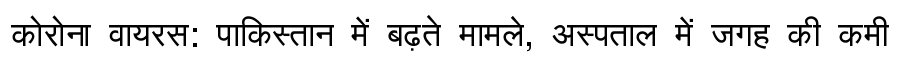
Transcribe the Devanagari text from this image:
कोरोना वायरस: पाकिस्तान में बढ़ते मामले, अस्पताल में जगह की कमी